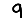
Digit: 9